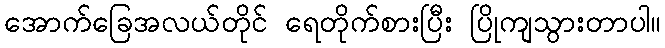
အောက်ခြေအလယ်တိုင် ရေတိုက်စားပြီး ပြိုကျသွားတာပါ။